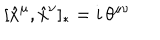
[ \hat { x } ^ { \mu } , \hat { x } ^ { \nu } ] _ { * } = i \, \theta ^ { \mu \nu }